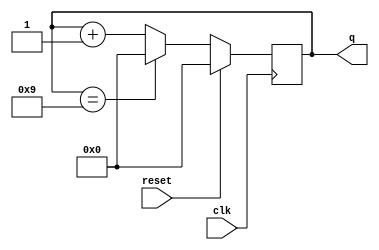
module top_module (
    input clk,
    input reset,        // Synchronous active-high reset
    output reg [3:0] q);

    always @(posedge clk) begin
        if (reset) begin
            q <= 4'b0000;
        end
        else begin
            if (q == 4'b1001) begin
                q <= 4'b0000;
            end
            else begin
                q <= q + 1;
            end
        end
    end

endmodule